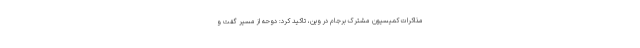
مذاکرات کمیسیون مشترک برجام در وین، تاکید کرد: دوحه از مسیر گفت و